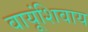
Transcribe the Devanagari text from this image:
वायूंशिवाय